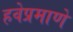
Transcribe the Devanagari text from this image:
हवेप्रमाणे